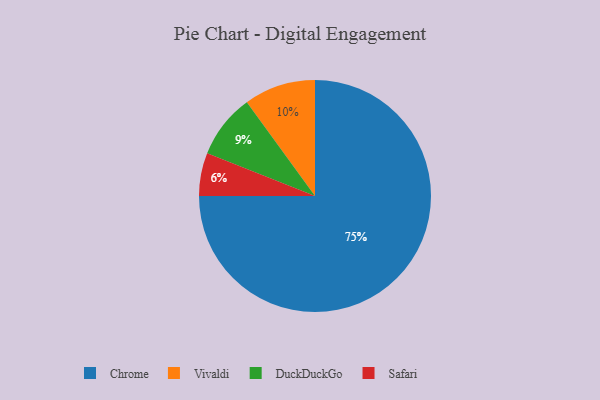
{"axis": {"x": "Category", "y": "Percentage"}, "legend": ["Chrome", "DuckDuckGo", "Safari", "Vivaldi"], "data": [{"x": "Safari", "y": 6, "type": "Safari"}, {"x": "Chrome", "y": 75, "type": "Chrome"}, {"x": "Vivaldi", "y": 10, "type": "Vivaldi"}, {"x": "DuckDuckGo", "y": 9, "type": "DuckDuckGo"}]}